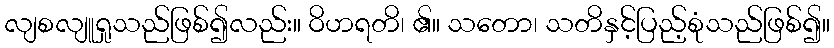
လျစလျူရှုသည်ဖြစ်၍လည်း။ ဝိဟရတိ၊ ၏။ သတော၊ သတိနှင့်ပြည့်စုံသည်ဖြစ်၍။